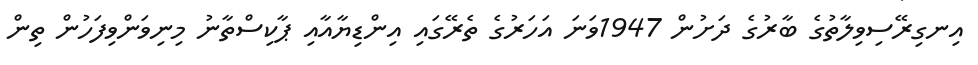
އިނގިރޭސިވިލާތުގެ ބާރުގެ ދަށުން 1947ވަނަ އަހަރުގެ ތެރޭގައި އިންޑިޔާއާއި ޕާކިސްތާނު މިނިވަންވިފަހުން ތިން